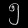
Digit: ၅